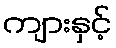
ကျားနှင့်